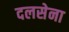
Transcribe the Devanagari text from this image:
दलसेना